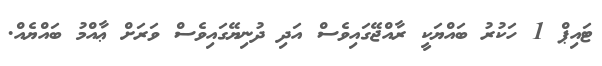
ޓައިޕް 1 ހަކުރު ބައްޔަކީ ރާއްޖޭގައިވެސް އަދި ދުނިޔޭގައިވެސް ވަރަށް ޢާއްމު ބައްޔެއް.